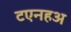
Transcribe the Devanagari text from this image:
टएनहअ